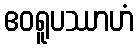
ဧဝရူပဿာဟံ